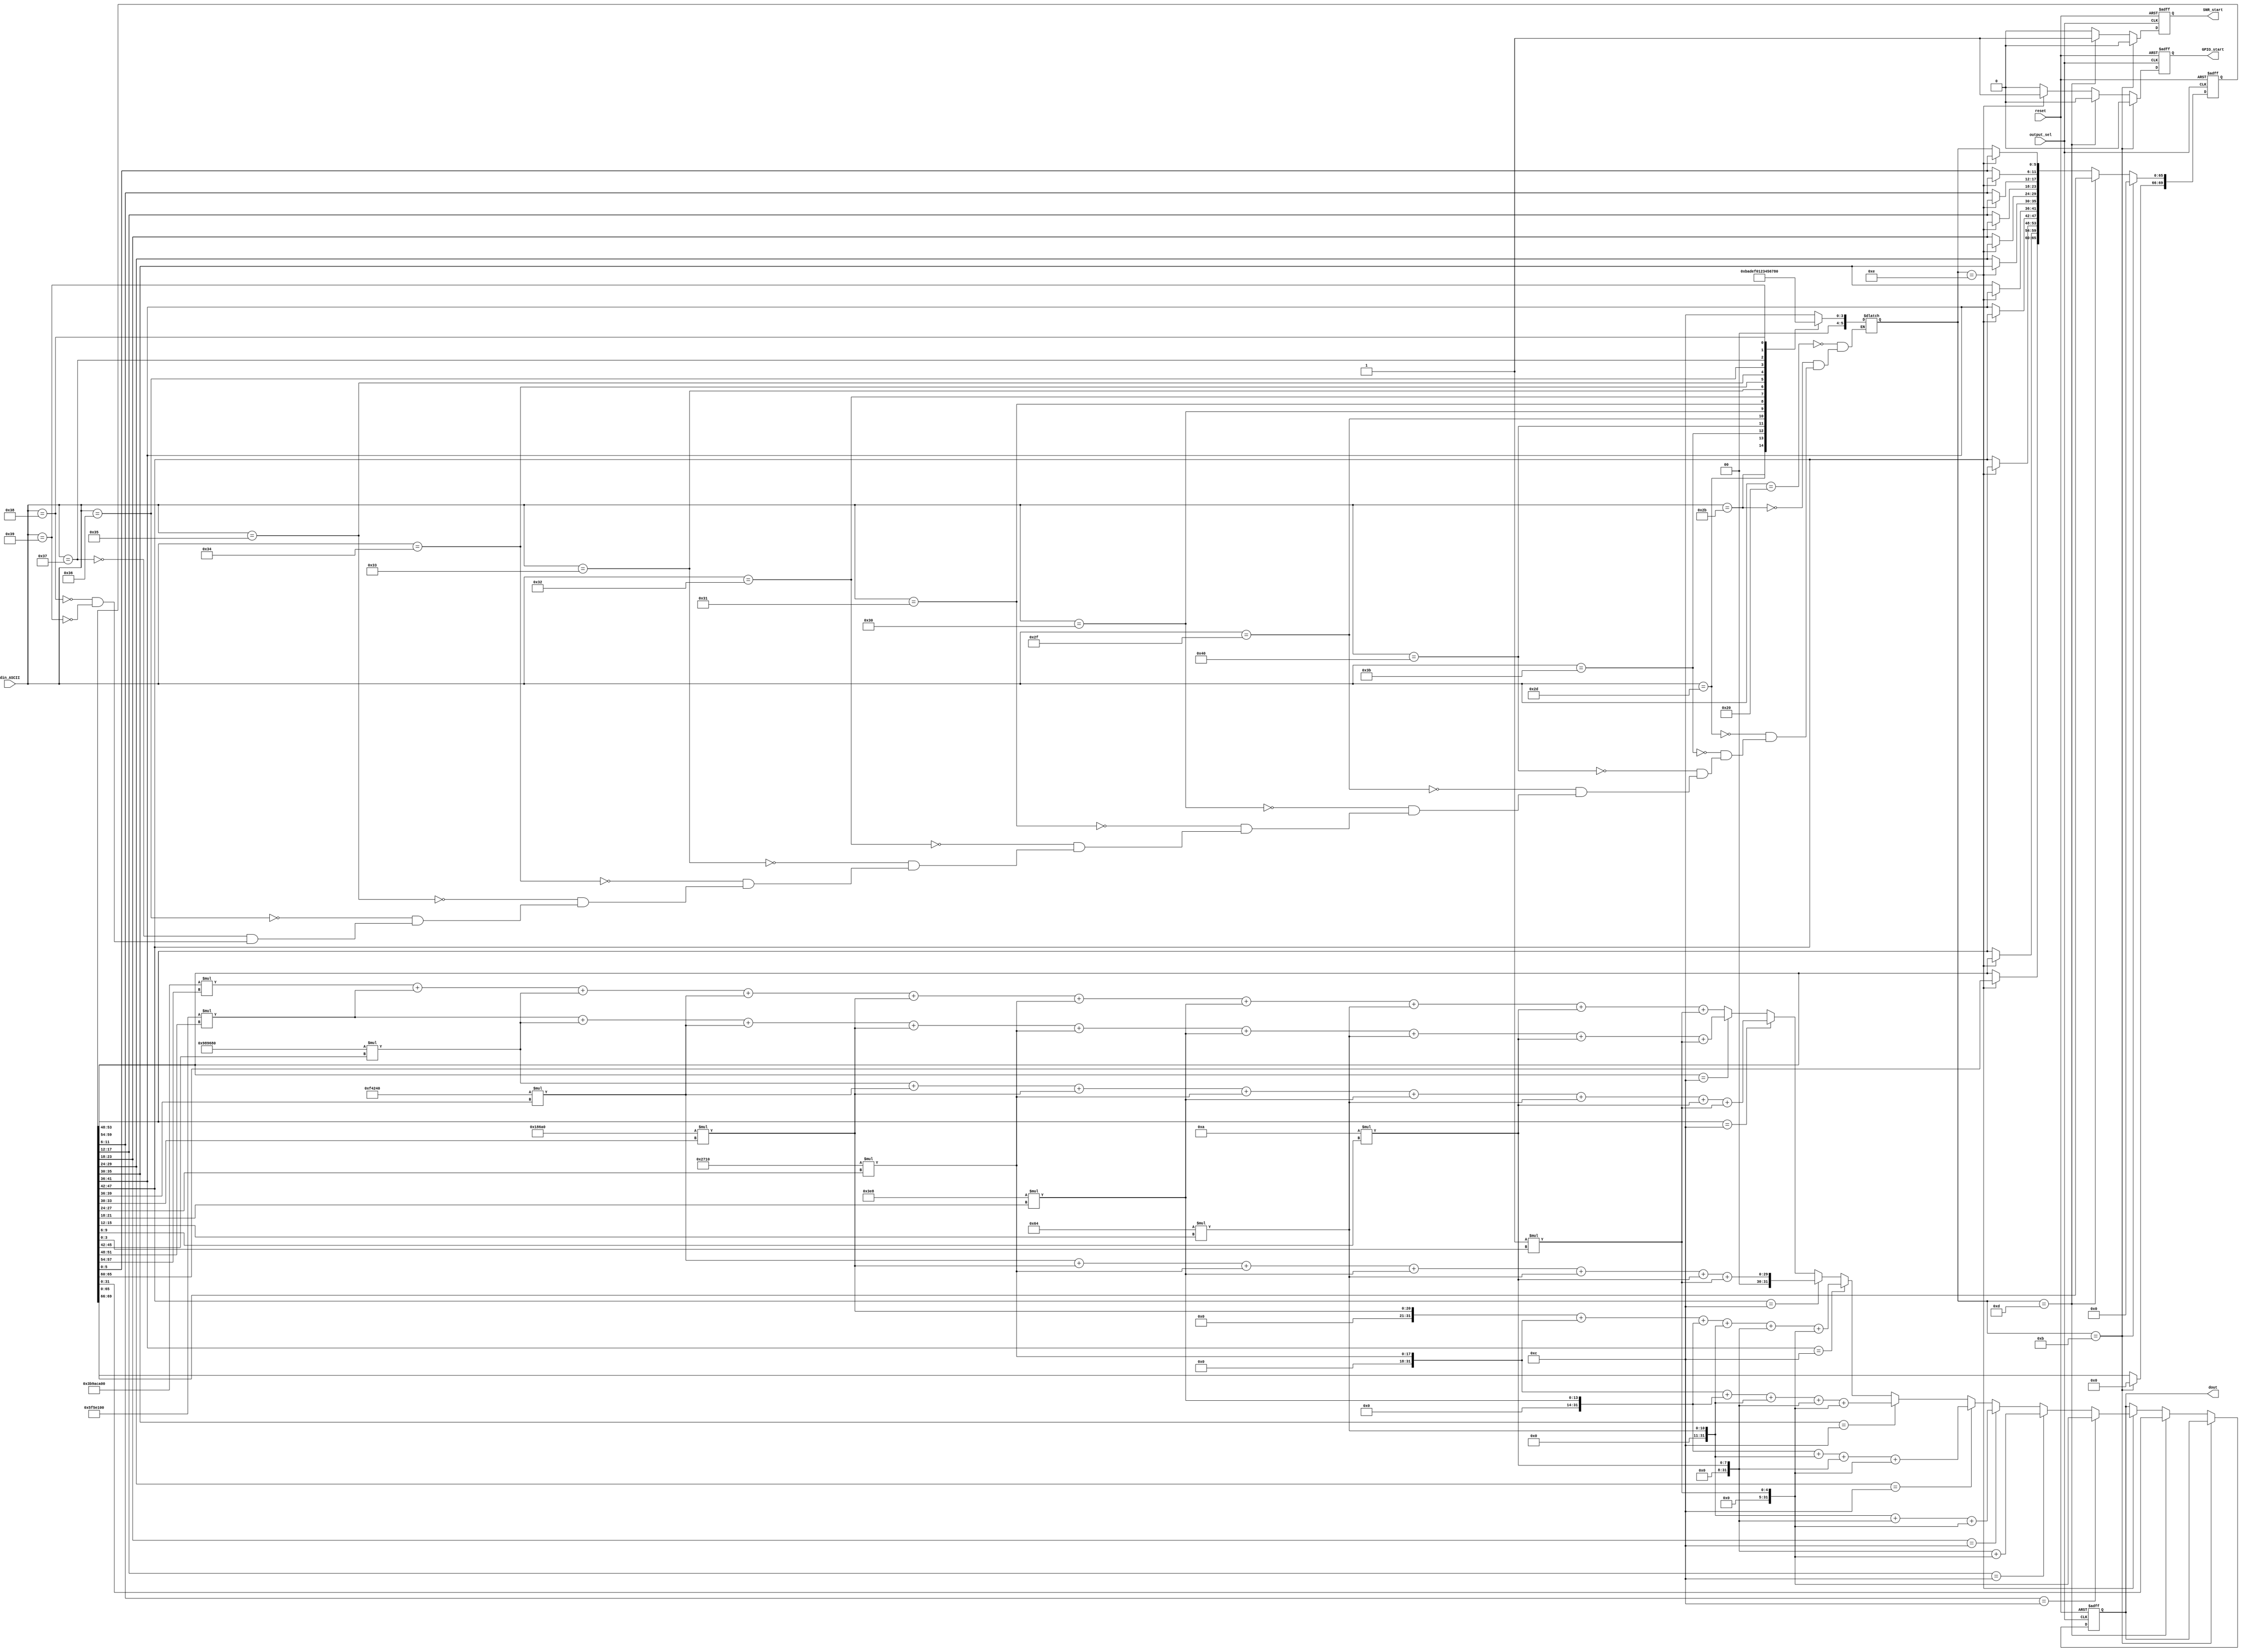
module SNRcollector( 
		input             reset,       // system reset
		input 			   output_sel,  // 
		input      [7:0]  din_ASCII,   //  data (ASCII)
		
		output reg        SNR_start,   //  SNR 
		output reg        GPIO_start,  //   
		output reg [31:0] dout         // 
); 

reg [5:0]    din;
reg [69:0]   dtmp;

parameter allzero = 70'd0; // 0


/////////////////////////////////////// ASCII to Word ////////////////////////////////////////////////////
/*
space     SNR ( " 99","  1")
plus       "element" / "SNR"  "+" FPGA 
minus      MATLAB  "element0"  "SNR=-99" minus
semicolon  MATLAB  "SNR" ":"
at         MATLAB  "element" "@"
*/

//MATLAB  -> FPGA  ASCII
always@(din_ASCII)
	case(din_ASCII)
		32: din = 12;		//ASCII value 32 = 12 in Binary replace to " "  
		43: din = 11;		//ASCII value 43 = 11 in Binary replace to "Plus"
		45: din = 10;		//ASCII value 45 = 10 in Binary replace to "Minus"
		59: din = 13;     //ASCII value 59 = 13 in Binary replace to "semicolon(;)"
		64: din = 14;		//ASCII value 64 = 14 in Binary replace to "at(@)"
		47: din = 15;		//ASCII value 47 = 15 in Binary replace to "/"
		
		48: din = 0;		//ASCII value 48 = 0 in Binary
		49: din = 1;		//ASCII value 49 = 1 in Binary
		50: din = 2;		//ASCII value 50 = 2 in Binary
		51: din = 3;		//ASCII value 51 = 3 in Binary
		52: din = 4;		//ASCII value 52 = 4 in Binary
		53: din = 5; 		//ASCII value 53 = 5 in Binary
		54: din = 6;		//ASCII value 54 = 6 in Binary
		55: din = 7;		//ASCII value 55 = 7 in Binary
		56: din = 8;		//ASCII value 56 = 8 in Binary
		57: din = 9;		//ASCII value 57 = 9 in Binary
	endcase	

/////////////////////////////////////// Stack Words //////////////////////////////////////////////////////

always @(negedge output_sel or posedge reset)
begin
	if(reset)
		begin
			SNR_start = 0;
			GPIO_start = 0;		
			dout = 70'd0;
			dtmp = 70'd0;
		end
	
	else
		begin
			if (din == 6'd11) // if PLUS(+) data 
				begin          
					dtmp = allzero;    // 0
					SNR_start = 1'b0;  //  SNR  
					GPIO_start = 1'b0; //  GPIO
				end
			
			
			else if (din == 6'd13) // if semicolon(;) SNR 
				begin
					dout = dtmp;       //  SNR  (for Display)
					SNR_start = 1'b1;  //  SNR 
					GPIO_start = 1'b0; // GPIO
				end
				
			
			
			else if (din == 6'd14) // if at(@) 14 "" 
			   begin		           //  (0~9) 
					if(dtmp[11:6] == 6'd12) // 
						dout =  1*dtmp[3:0] ;
						
					else if(dtmp[17:12] == 6'd12)		
						dout =  (10*dtmp[9:6]) + (1*dtmp[3:0]) ;
						
					else if(dtmp[23:18] == 6'd12)			
						dout =  (100*dtmp[15:12]) + (10*dtmp[9:6]) + (1*dtmp[3:0]) ;
						
					else if(dtmp[29:24] == 6'd12)		
						dout =  (1000*dtmp[21:18]) + (100*dtmp[15:12]) + (10*dtmp[9:6]) + (1*dtmp[3:0]) ;
						
					else if(dtmp[35:30] == 6'd12)		
						dout =  (10000*dtmp[27:24]) + (1000*dtmp[21:18]) + (100*dtmp[15:12]) + (10*dtmp[9:6]) + (1*dtmp[3:0]) ;
						
					else if(dtmp[41:36] == 6'd12)		
						dout =  (100000*dtmp[33:30]) + (10000*dtmp[27:24]) + (1000*dtmp[21:18]) + (100*dtmp[15:12]) + (10*dtmp[9:6]) + (1*dtmp[3:0]) ;
						
					else if(dtmp[47:42] == 6'd12)		
						dout =  (1000000*dtmp[39:36]) + (100000*dtmp[33:30]) + (10000*dtmp[27:24]) + (1000*dtmp[21:18]) + (100*dtmp[15:12]) + (10*dtmp[9:6]) + (1*dtmp[3:0]) ;
						
					else if(dtmp[53:48] == 6'd12)		
						dout =  (10000000*dtmp[45:42]) + (1000000*dtmp[39:36]) + (100000*dtmp[33:30]) + (10000*dtmp[27:24]) + (1000*dtmp[21:18]) + (100*dtmp[15:12]) + (10*dtmp[9:6]) + (1*dtmp[3:0]) ;
						
					else if(dtmp[59:54] == 6'd12)		
						dout =  (100000000*dtmp[51:48]) + (10000000*dtmp[45:42]) + (1000000*dtmp[39:36]) + (100000*dtmp[33:30]) + (10000*dtmp[27:24]) + (1000*dtmp[21:18]) + (100*dtmp[15:12]) + (10*dtmp[9:6]) + (1*dtmp[3:0]) ;
						
					else
						dout =  (1000000000*dtmp[57:54]) + (100000000*dtmp[51:48]) + (10000000*dtmp[45:42]) + (1000000*dtmp[39:36]) + (100000*dtmp[33:30]) + (10000*dtmp[27:24]) + (1000*dtmp[21:18]) + (100*dtmp[15:12]) + (10*dtmp[9:6]) + (1*dtmp[3:0]) ;
						
					SNR_start = 1'b0;   //  SNR  
					GPIO_start = 1'b1;  // GPIO
				end
				

			else  // 
			      // Rx  8 bit (ASCII) din (6 bits)
					//  din
					//  shift
				begin
					dtmp[65:60] = dtmp[59:54];
					dtmp[59:54] = dtmp[53:48];
					dtmp[53:48] = dtmp[47:42];
					dtmp[47:42] = dtmp[41:36];
					dtmp[41:36] = dtmp[35:30];
					dtmp[35:30] = dtmp[29:24];			
					dtmp[29:24] = dtmp[23:18];
					dtmp[23:18] = dtmp[17:12];
					dtmp[17:12] = dtmp[11:6];
					dtmp[11:6] = dtmp[5:0];
					dtmp[5:0] = din;
					SNR_start = 1'b0;  //  SNR  
					GPIO_start = 1'b0; // GPIO
				end
				
		end
end

endmodule